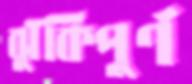
ঝুঁকিপুর্ণ